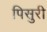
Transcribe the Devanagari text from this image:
पिसुरी